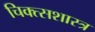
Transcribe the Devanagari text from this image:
चिक्त्सशास्त्र